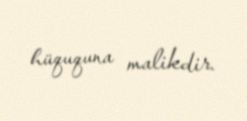
hüququna malikdir.